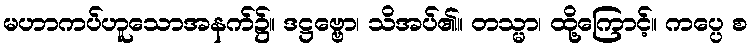
မဟာကပ်ဟူသောအနက်၌။ ဒဋ္ဌဗ္ဗော၊ သိအပ်၏။ တသ္မာ၊ ထို့ကြောင့်။ ကပ္ပေ စ